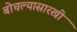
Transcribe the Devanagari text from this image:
बोचल्यासारखी